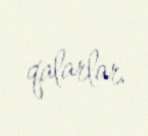
qalarlar.